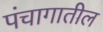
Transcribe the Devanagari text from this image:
पंचागातील